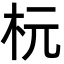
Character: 杬